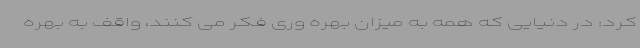
کرد: در دنیایی که همه به میزان بهره وری فکر می کنند، واقف به بهره